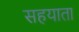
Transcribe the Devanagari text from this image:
सहयाता